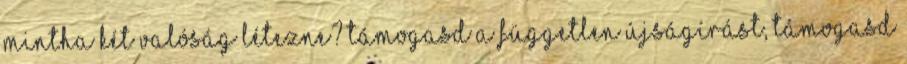
mintha két valóság létezne? Támogasd a független újságírást, támogasd